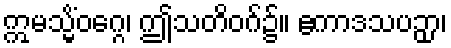
ဣမသ္မိံဝဂ္ဂေ၊ ဤသတိဝဂ်၌။ ဧကာဒသပဉှာ၊